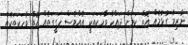
ނާޒިމާ ގުޅުމެއް އޮތް ކަމަށް ދައްކާ ވާހަކައަކީ އެއްވެސް ހަގީގަތެއް އޮތް ވާހަކަތަކެއް